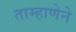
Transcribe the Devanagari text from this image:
ताम्हाणेने